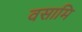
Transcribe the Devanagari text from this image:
वसामि